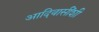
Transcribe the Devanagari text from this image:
आदिवासींशी